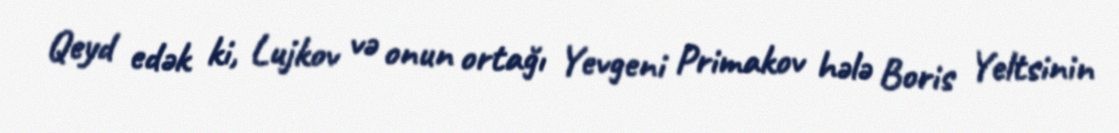
Qeyd edək ki, Lujkov və onun ortağı Yevgeni Primakov hələ Boris Yeltsinin